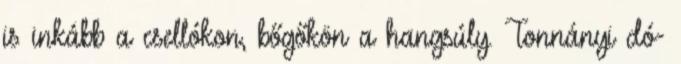
is inkább a csellókon, bőgőkön a hangsúly. Tonnányi dó-